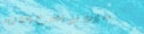
محلات بيع اللحوم الطازجة: